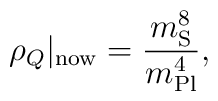
\rho_Q\vert_{\rm now} = \frac{m_{\rm S}^8}{m_{\rm Pl}^4},